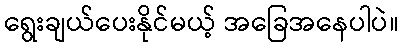
ရွေးချယ်ပေးနိုင်မယ့် အခြေအနေပါပဲ။